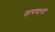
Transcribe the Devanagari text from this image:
तायवानी